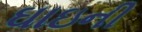
ઘાઇની